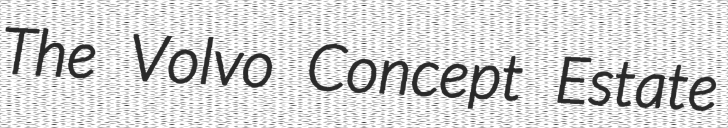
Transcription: The Volvo Concept Estate